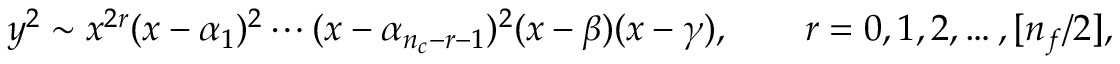
y ^ { 2 } \sim x ^ { 2 r } ( x - \alpha _ { 1 } ) ^ { 2 } \cdots ( x - \alpha _ { n _ { c } - r - 1 } ) ^ { 2 } ( x - \beta ) ( x - \gamma ) , \qquad r = 0 , 1 , 2 , \ldots , [ n _ { f } / 2 ] ,